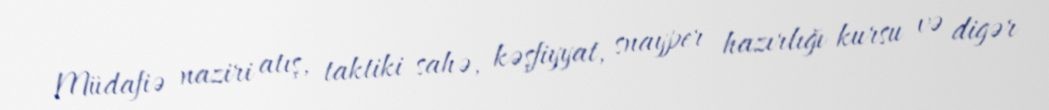
Müdafiə naziri atış, taktiki sahə, kəşfiyyat, snayper hazırlığı kursu və digər